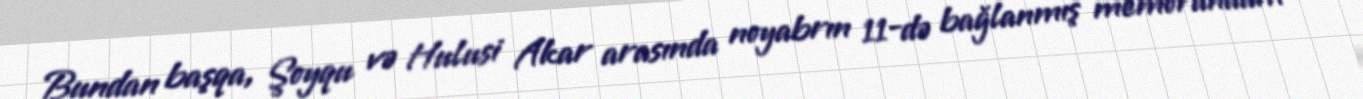
Bundan başqa, Şoyqu və Hulusi Akar arasında noyabrın 11-də bağlanmış memorandum